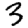
Digit: 3